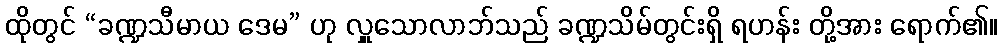
ထိုတွင် “ခဏ္ဍသီမာယ ဒေမ” ဟု လှူသောလာဘ်သည် ခဏ္ဍသိမ်တွင်းရှိ ရဟန်း တို့အား ရောက်၏။